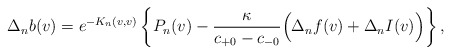
\begin{align*} \Delta_nb(v)=e^{-K_n(v,v)}\left\{P_n(v)-\frac{\kappa}{c_{+0}-c_{-0}}\Big(\Delta_nf(v)+\Delta_nI(v)\Big)\right\},\end{align*}